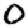
Digit: 0